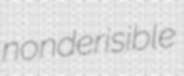
nonderisible